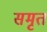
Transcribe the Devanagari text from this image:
समृत